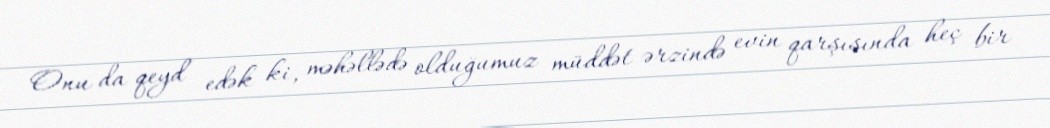
Onu da qeyd edək ki, məhəllədə olduğumuz müddət ərzində evin qarşısında heç bir